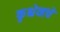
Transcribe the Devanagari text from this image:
कृश्चेव्हचे